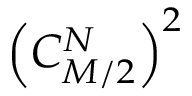
\left( C _ { M / 2 } ^ { N } \right) ^ { 2 }